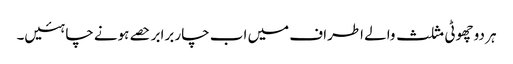
ہر دو چھوٹی مثلث والے اطراف میں اب چار برابر حصے ہونے چاہئیں۔